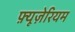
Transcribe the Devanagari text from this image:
फ़्यूज़ेरियम